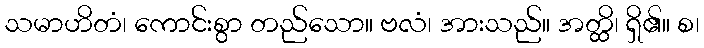
သမာဟိတံ၊ ကောင်းစွာ တည်သော။ ဗလံ၊ အားသည်။ အတ္ထိ၊ ရှိ၏။ စ၊